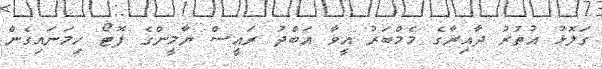
ގަލޮޅު އުތުރު ދާއިރާގެ މެމްބަރު އީވާ އަބްދު ރައީސް ޔާމީންގެ ފޮޓޯ ހިމަނައިގެން